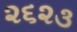
૨૬૨૩